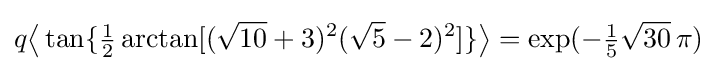
q{\bigl \langle }\tan\{{\tfrac {1}{2}}\arctan[({\sqrt {10}}+3)^{2}({\sqrt {5}}-2)^{2}]\}{\bigr \rangle }=\exp(-{\tfrac {1}{5}}{\sqrt {30}}\,\pi )